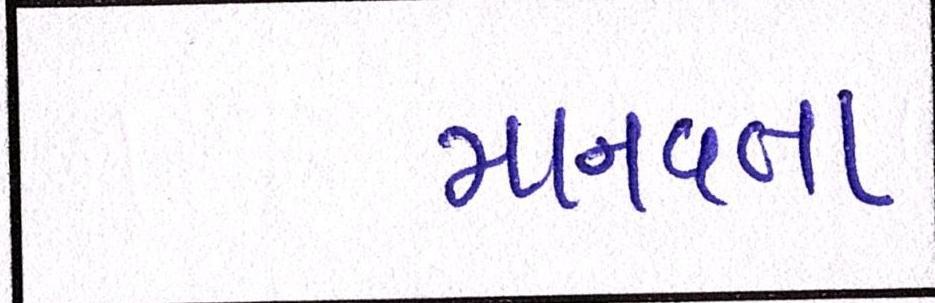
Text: માનવતા